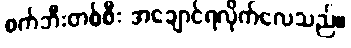
စက်ဘီးတစ်စီး အချောင်ရလိုက်လေသည်။